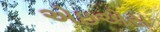
એઇએસ